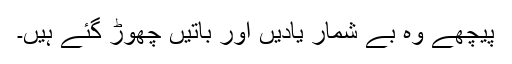
پیچھے وہ بے شمار یادیں اور باتیں چھوڑ گئے ہیں۔